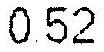
0.52